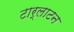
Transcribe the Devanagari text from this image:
टार्लाटन